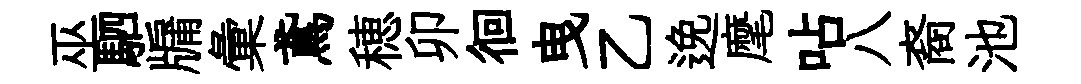
巫駟牖彙鳶穂卯徊曳乙𨓜麾呫八裔池